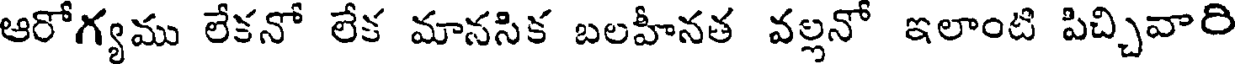
ఆరోగ్యము లేకనో లేక మానసిక బలహీనత వల్లన ఇలాంటి పిచ్చివారి